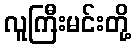
လူကြီးမင်းတို့